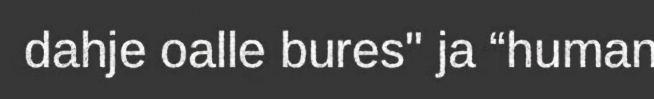
dahje oalle bures" ja “human